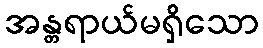
အန္တရာယ်မရှိသော